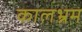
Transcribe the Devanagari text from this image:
कालभ्रम